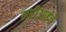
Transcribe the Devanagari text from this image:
मरीआईचे